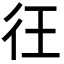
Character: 彺